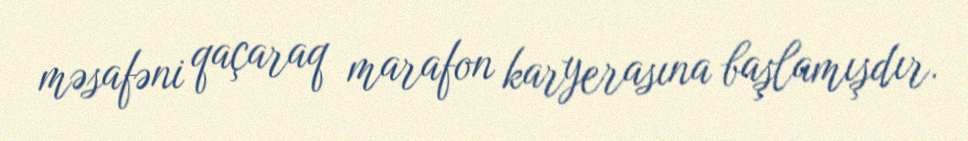
məsafəni qaçaraq marafon karyerasına başlamışdır.